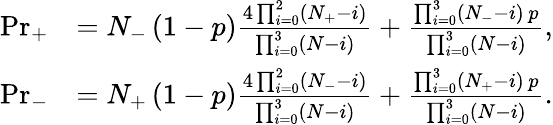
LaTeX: \begin{array}{rl}{\mathrm{Pr}_{+}}&{=N_{-}\left(1-p\right)\frac{4\prod_{i=0}^{2}\left(N_{+}-i\right)}{\prod_{i=0}^{3}\left(N-i\right)}+\frac{\prod_{i=0}^{3}\left(N_{-}-i\right)\, p}{\prod_{i=0}^{3}\left(N-i\right)},}\\ {\mathrm{Pr}_{-}}&{=N_{+}\left(1-p\right)\frac{4\prod_{i=0}^{2}\left(N_{-}-i\right)}{\prod_{i=0}^{3}\left(N-i\right)}+\frac{\prod_{i=0}^{3}\left(N_{+}-i\right)\, p}{\prod_{i=0}^{3}\left(N-i\right)}.}\end{array}